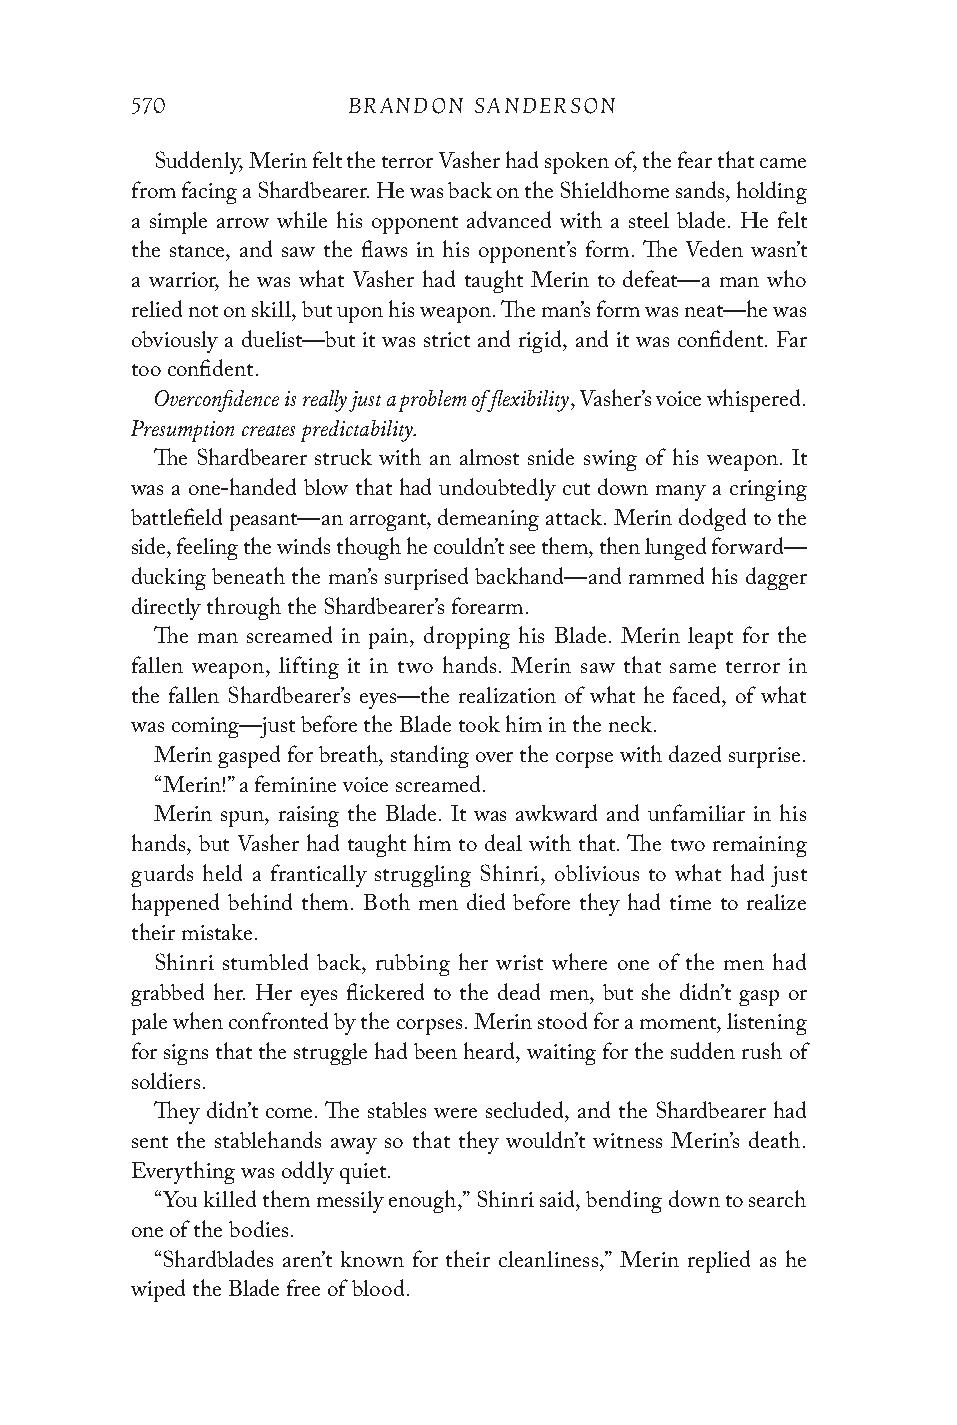
570           BRANDON SANDERSON
 Suddenly, Merin felt the terror Vasher had spoken of, the fear that came
 from facing a Shardbearer. He was back on the Shieldhome sands, holding
 a simple arrow while his opponent advanced with a steel blade. He felt
 the stance, and saw the flaws in his opponent’s form. The Veden wasn’t
 a warrior, he was what Vasher had taught Merin to defeat—a man who
 relied not on skill, but upon his weapon. The man’s form was neat—he was
 obviously a duelist—but it was strict and rigid, and it was confident. Far
 too confident.
 Overconfidence is really just a problem of flexibility
 , Vasher’s voice whispered.
 Presumption creates predictability.
 The Shardbearer struck with an almost snide swing of his weapon. It
 was a one-handed blow that had undoubtedly cut down many a cringing
 battlefield peasant—an arrogant, demeaning attack. Merin dodged to the
 side, feeling the winds though he couldn’t see them, then lunged forward—
 ducking beneath the man’s surprised backhand—and rammed his dagger
 directly through the Shardbearer’s forearm.
 The man screamed in pain, dropping his Blade. Merin leapt for the
 fallen weapon, lifting it in two hands. Merin saw that same terror in
 the fallen Shardbearer’s eyes—the realization of what he faced, of what
 was coming—just before the Blade took him in the neck.
 Merin gasped for breath, standing over the corpse with dazed surprise.
 “Merin!” a feminine voice screamed.
 Merin spun, raising the Blade. It was awkward and unfamiliar in his
 hands, but Vasher had taught him to deal with that. The two remaining
 guards held a frantically struggling Shinri, oblivious to what had just
 happened behind them. Both men died before they had time to realize
 their mistake.
 Shinri stumbled back, rubbing her wrist where one of the men had
 grabbed her. Her eyes flickered to the dead men, but she didn’t gasp or
 pale when confronted by the corpses. Merin stood for a moment, listening
 for signs that the struggle had been heard, waiting for the sudden rush of
 soldiers.
 They didn’t come. The stables were secluded, and the Shardbearer had
 sent the stablehands away so that they wouldn’t witness Merin’s death.
 Everything was oddly quiet.
 “You killed them messily enough,” Shinri said, bending down to search
 one of the bodies.
 “Shardblades aren’t known for their cleanliness,” Merin replied as he
 wiped the Blade free of blood.